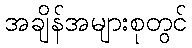
အချိန်အများစုတွင်